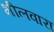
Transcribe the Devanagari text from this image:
भीलवारा